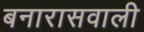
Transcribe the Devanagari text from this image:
बनारासवाली